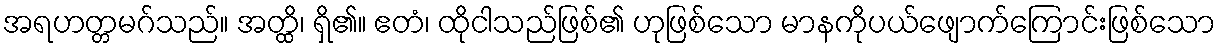
အရဟတ္တမဂ်သည်။ အတ္ထိ၊ ရှိ၏။ ဧတံ၊ ထိုငါသည်ဖြစ်၏ ဟုဖြစ်သော မာနကိုပယ်ဖျောက်ကြောင်းဖြစ်သော